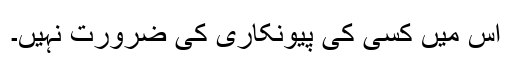
اس میں کسی کی پیونکاری کی ضرورت نہیں۔